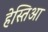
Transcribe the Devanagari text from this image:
हेस्तिआ